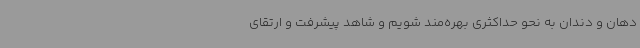
دهان و دندان به نحو حداکثری بهره‌مند شویم و شاهد پیشرفت و ارتقای